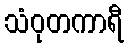
သံဝုတကာရီ